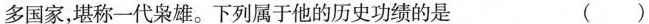
多国家，堪称一代枭雄。下列属于他的历史功绩的是 ()